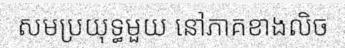
សមប្រយុទ្ធមួយ នៅភាគខាងលិច